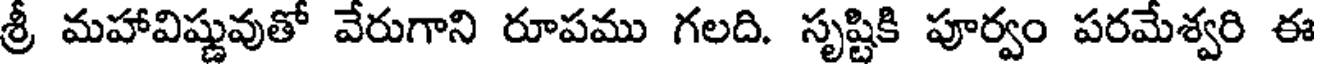
శ్రీ మహావిష్ణువుతో వేరుగాని రూపము గలది. సృష్టికి పూర్వం పరమేశ్వరి ఈ